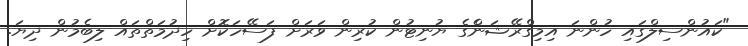
"ކައުންސިލްގައި ހުންނަ އިމިގްރޭޝަންެގެ ޔުނިޓުން ކުރިން ވަރަށް ފަސޭހަކޮށް ހިދުމަތްތައް ލިބެމުން ދިޔަ.